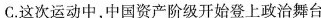
C.这次运动中，中国资产阶级开始登上政治舞台